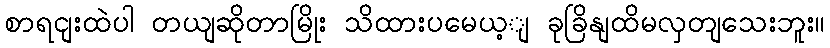
စာရငျးထဲပါ တယျဆိုတာမြိုး သိထားပမေယ့ျ ခုခြိနျထိမလှတျသေးဘူး။